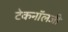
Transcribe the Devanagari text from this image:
टेकनॉलजी